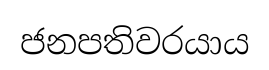
ජනපතිවරයාය